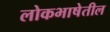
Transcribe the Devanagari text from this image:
लोकभाषेतील